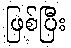
ဖြစ်ပြီး